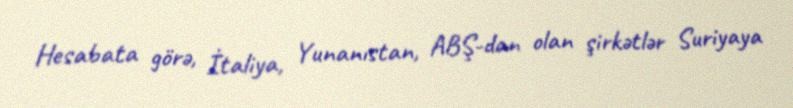
Hesabata görə, İtaliya, Yunanıstan, ABŞ-dan olan şirkətlər Suriyaya